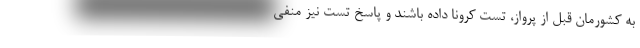
به کشورمان قبل از پرواز، تست کرونا داده باشند و پاسخ تست نیز منفی